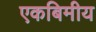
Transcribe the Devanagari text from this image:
एकबिमीय